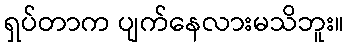
ရှပ်တာက ပျက်နေလားမသိဘူး။